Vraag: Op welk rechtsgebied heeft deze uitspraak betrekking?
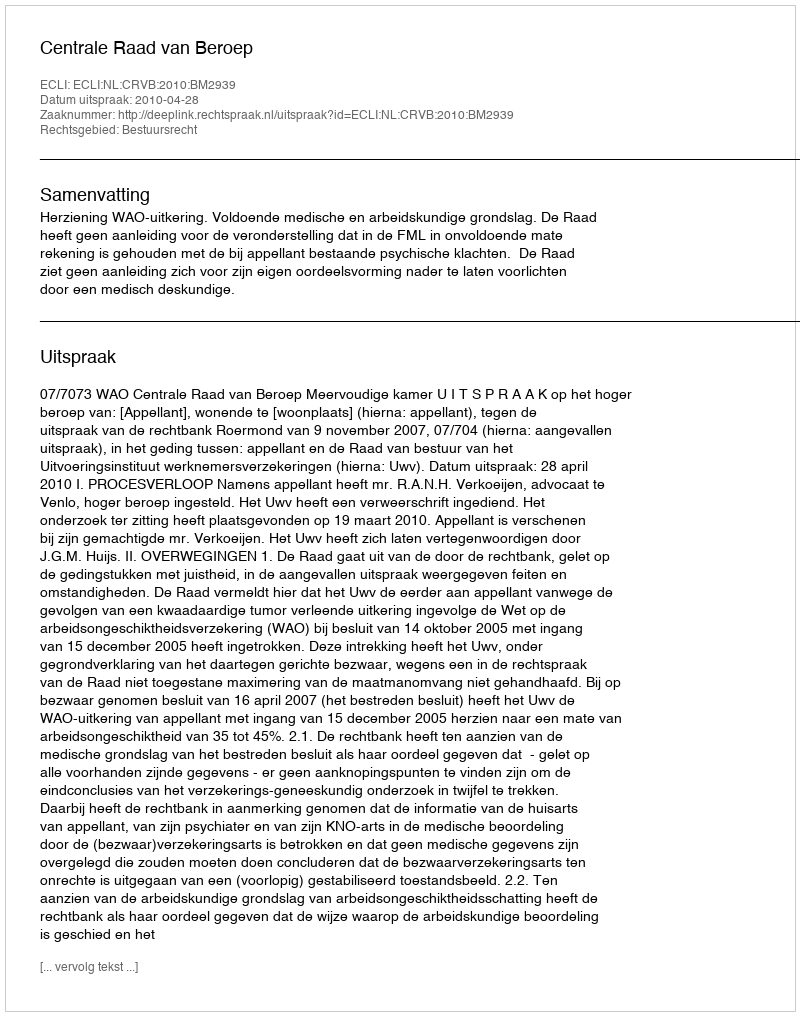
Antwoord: Bestuursrecht